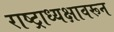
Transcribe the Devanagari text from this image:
राष्ट्राध्यक्षावरून